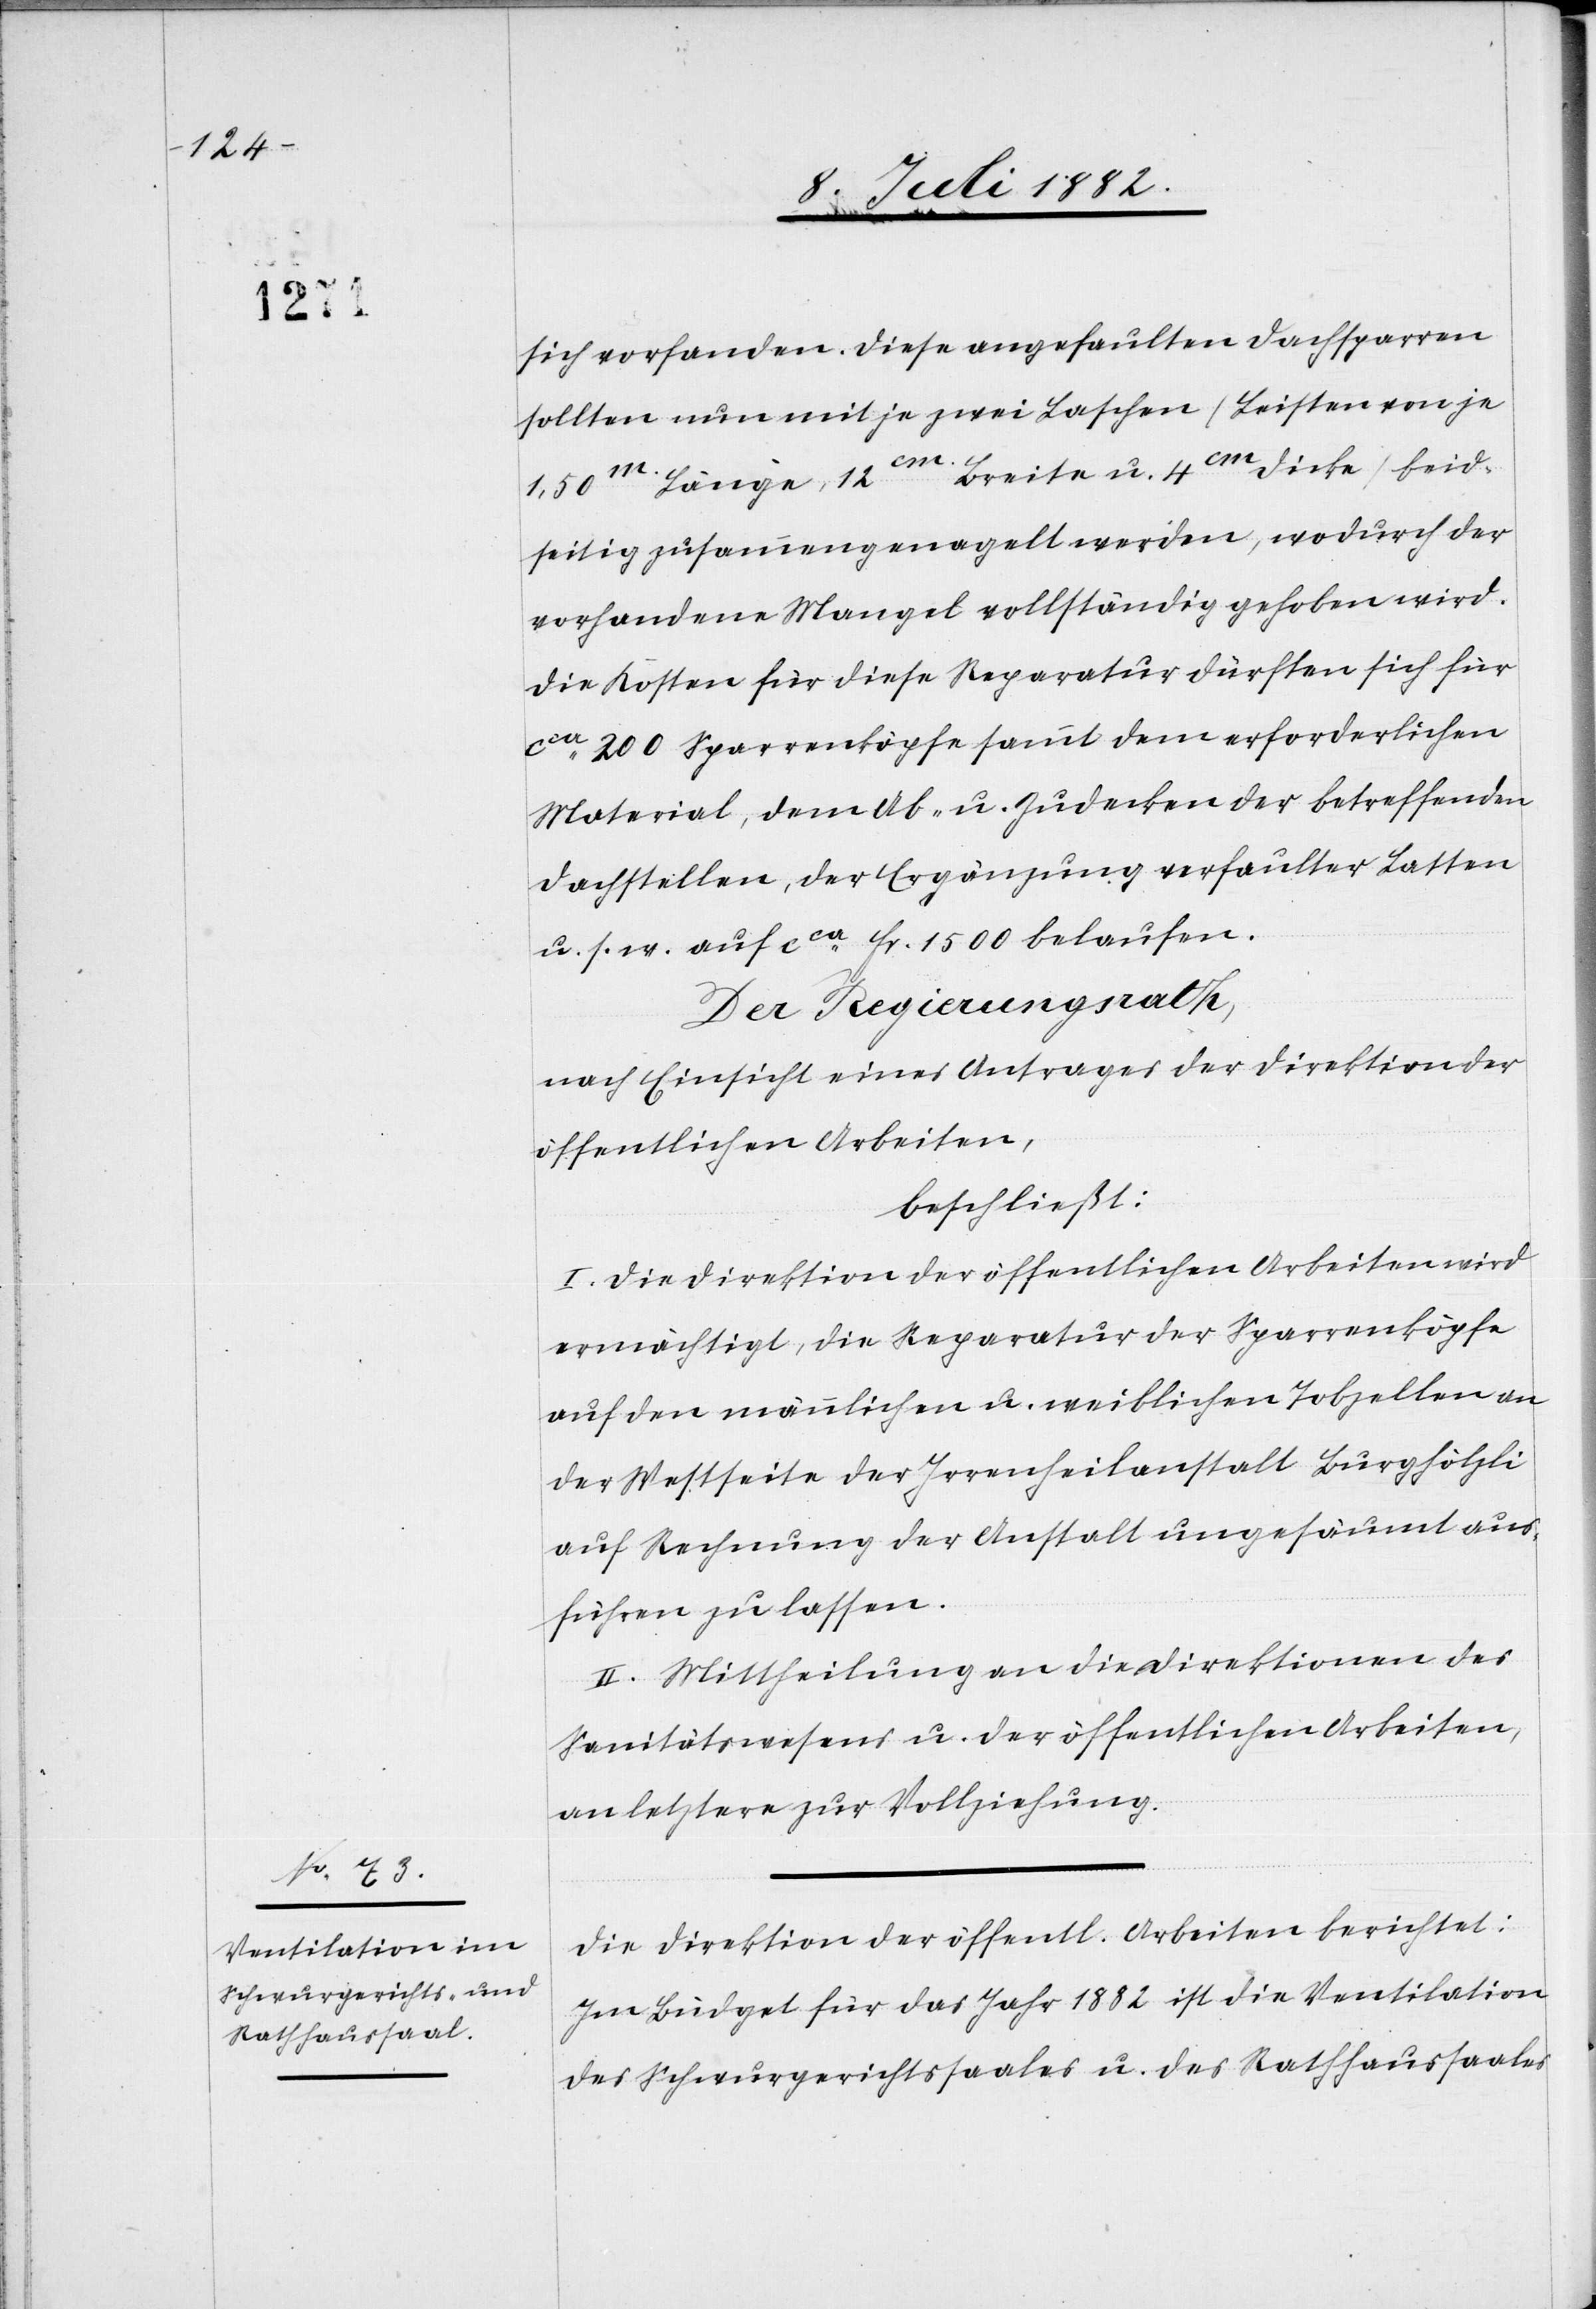
sich vorfanden. Die angefaulten Dachsparren
sollten nun mit je zwei Laschen (Leisten von je
m Breite u. 4cm Dicke) beid¬
1,50m Länge, 12c¬
seitig zusammengenagelt werden, wodurch der
vorhandene Mangel vollständig gehoben wird.
Die Kosten für diese Reparatur dürften sich für
ca 200 Sparrenköpfe sammt dem erforderlichen
Material, dem Ab- u. Zudecken der betreffenden
Dachstellen, der Ergänzung verfaulter Latten
u. s. w. auf ca Fr. 1500 belaufen.
Der Regierungsrath,
nach Einsicht eines Antrages der Direktion der
öffentlichen Arbeiten,
beschließt:
I. Die Direktion der öffentlichen Arbeiten wird
ermächtigt, die Reparatur der Sparrenköpfe
auf den männlichen u. weiblichen Tobzellen an
der Westseite der Irrenheilanstalt Burghölzli
auf Rechnung der Anstalt ungesäumt aus¬
führen zu lassen.
II. Mittheilung an die Direktionen des
Sanitätswesens u. der öffentlichen Arbeiten,
an letztere zur Vollziehung.
Die Direktion der öffentl. Arbeiten berichtet:
Im Büdget für das Jahr 1882 ist die Ventilation
des Schwurgerichtssaales u. des Rathhaussaales